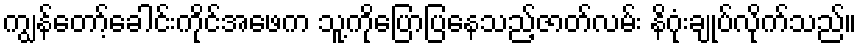
ကျွန်တော့်ခေါင်းကိုင်အဖေက သူ့ကိုပြောပြနေသည့်ဇာတ်လမ်း နိဂုံးချုပ်လိုက်သည်။